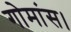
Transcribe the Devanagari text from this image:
गोमांस।